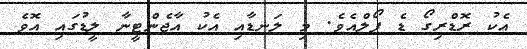
އެކު ރޮޑްރިގޯ ޑެ ޕޯލްއެވެ. މި ލަނޑާއި އެކު އާޖެންޓީނާ ލީޑުގައި އޮވެ